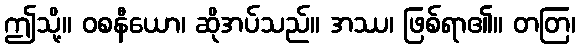
ဤသို့။ ဝစနီယော၊ ဆိုအပ်သည်။ အဿ၊ ဖြစ်ရာ၏။ တတြ၊